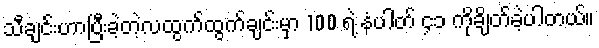
သီချင်းဟာပြီးခဲ့တဲ့လထွက်ထွက်ချင်းမှာ 100 ရဲ့ နံပါတ် ၄၁ ကိုချိတ်ခဲ့ပါတယ်။